Vaccination in Bombay 1863-1868 - 1863-1868
Year: 1863
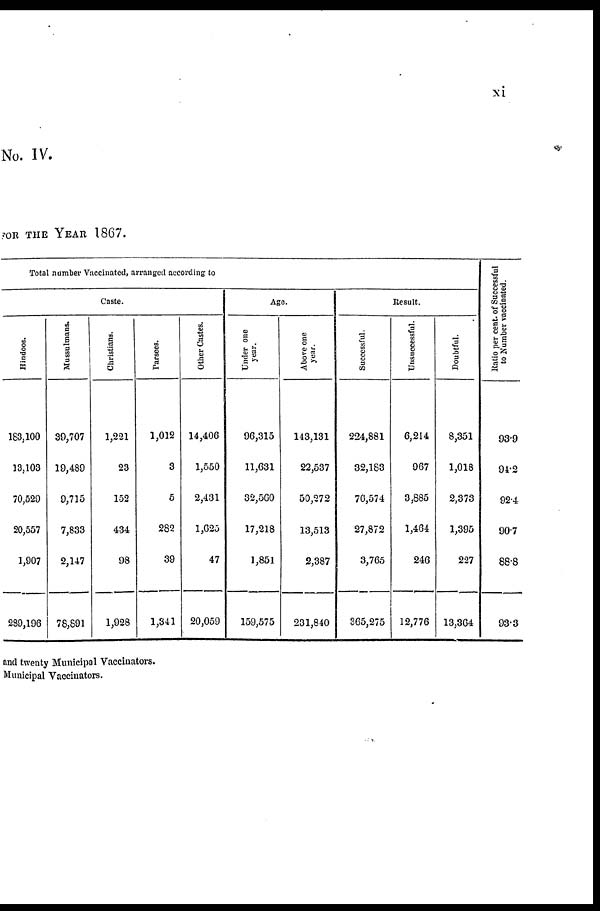
xi
No. IV.
FOR THE YEAR 1867.
Total number Vaccinated, arranged according to
Caste.
Hindoos.
183,100
13,103
70,529
20,557
1,907
289,196
Mussulmans.
39,707
19,489
9,715
7,833
2,147
78,891
Christians.
1,221
23
152
434
98
1,928
Parsees.
1,012
3
5
282
39
1,341
Other Castes.
14,406
1,550
2,431
1,625
47
20,059
Age.
Under one
year.
96,315
11,631
32,560
17,218
1,851
159,575
Above one
year.
143,131
22,537
50,272
13,513
2,387
231,840
Result.
Successful.
224,881
32,183
76,574
27,872
3,765
365,275
Unsuccessful.
6,214
967
3,885
1,464
246
12,776
Doubtful.
8,351
1,018
2,373
1,395
227
13,364
Ratio per cent. of Successful
to Number vaccinated.
93.9
94.2
92.4
90.7
88.8
93.3
and twenty Municipal Vaccinators.
Municipal Vaccinators.